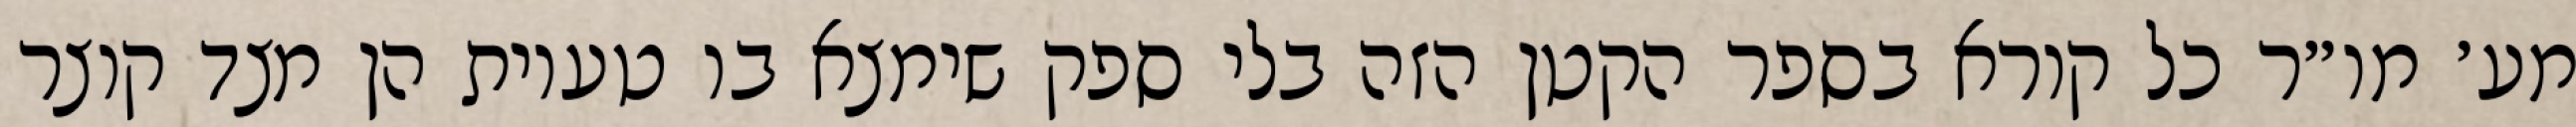
מע׳ מו״ר כל קורא בספר הקטן הזה בלי ספק שימצא בו טעיות הן מצד קוצר